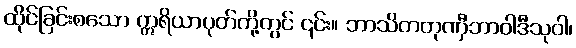
ထိုင်ခြင်းစသော ဣရိယာပုတ်တို့တွင် ၎င်း။ ဘာသိတတုဏှီဘာဝါဒီသုဝါ၊